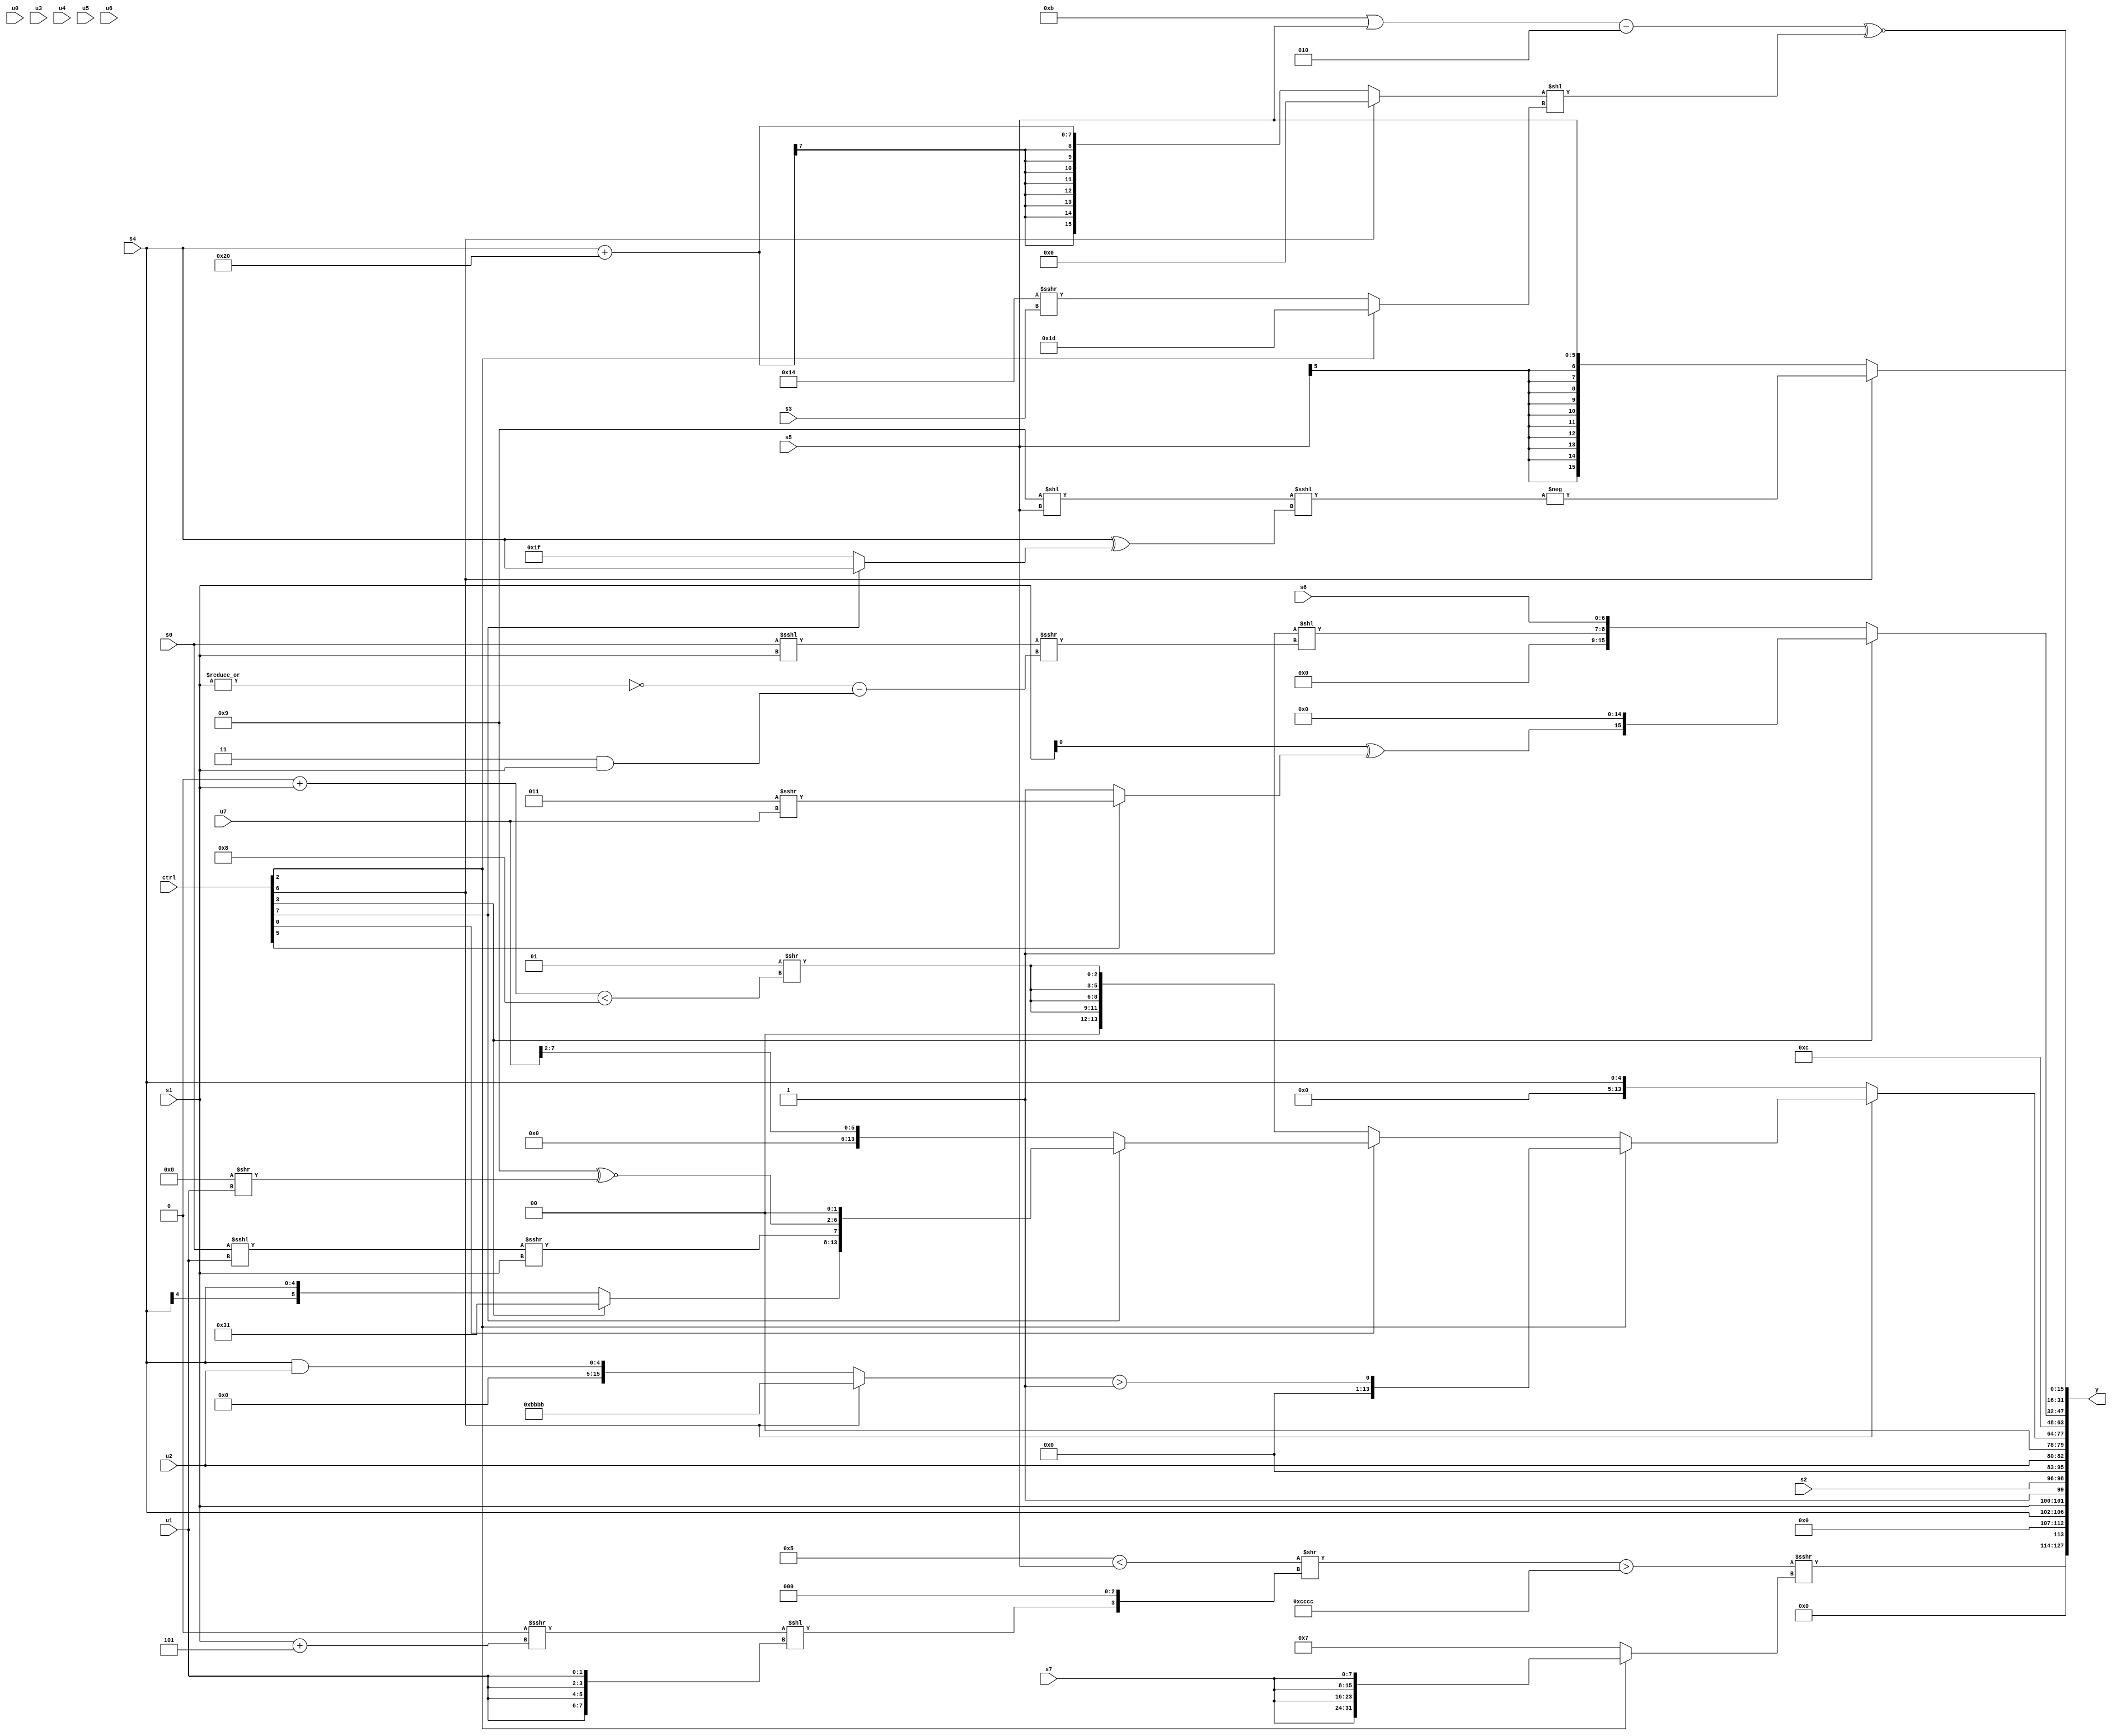
module wideexpr_00456(ctrl, u0, u1, u2, u3, u4, u5, u6, u7, s0, s1, s2, s3, s4, s5, s6, s7, y);
  input [7:0] ctrl;
  input [0:0] u0;
  input [1:0] u1;
  input [2:0] u2;
  input [3:0] u3;
  input [4:0] u4;
  input [5:0] u5;
  input [6:0] u6;
  input [7:0] u7;
  input signed [0:0] s0;
  input signed [1:0] s1;
  input signed [2:0] s2;
  input signed [3:0] s3;
  input signed [4:0] s4;
  input signed [5:0] s5;
  input signed [6:0] s6;
  input signed [7:0] s7;
  output [127:0] y;
  wire [15:0] y0;
  wire [15:0] y1;
  wire [15:0] y2;
  wire [15:0] y3;
  wire [15:0] y4;
  wire [15:0] y5;
  wire [15:0] y6;
  wire [15:0] y7;
  assign y = {y0,y1,y2,y3,y4,y5,y6,y7};
  assign y0 = {((((4'sb0101)<(s5))>>({2'sb00,((~|(1'sb1))>>>((s1)+(3'sb101)))<<({4{u1}}),-(({3{1'sb1}})<<<(-(6'sb011111)))}))>({4{4'sb1100}}))>>>($signed((ctrl[2]?{4{$signed(s7)}}:4'sb0111))),(s0)<<<($signed({2'sb11}))};
  assign y1 = {4{{(2'sb01)>=((ctrl[4]?s5:(ctrl[6]?s5:s4))),$signed(((5'b10101)>>>(5'b01101))<<((1'sb0)<<(4'sb0111))),{s4,+(s1),(~&(2'sb00))<=(6'sb110000)},s2}}};
  assign y2 = u2;
  assign y3 = (ctrl[6]?(ctrl[2]?(+($signed((ctrl[6]?{4{4'sb1011}}:(s4)&(u2)))))>(1'sb1):(ctrl[0]?(ctrl[7]?{(ctrl[3]?$signed(6'sb110001):s4),((s0)<<<(u1))>>>(s1),(4'sb1001)^~((5'sb01000)>>(u1)),((2'sb01)>>(4'b0000))&((1'sb1)<<<(6'sb001001))}:({{u7},^(s2),{u0,u4}})>>>(4'sb1001)):{4{(+(3'sb001))>>(((4'sb0000)+(s1))<($signed(4'b1000)))}})):s4);
  assign y4 = +((5'sb01100)-(1'sb0));
  assign y5 = (ctrl[3]?($unsigned((s1)^((ctrl[5]?(5'sb00011)>>>(u7):6'sb011001))))<<<({4{^(5'sb01000)}}):{(2'sb11)<<(((s0)<<<($signed(s1)))>>>((~|(s1))-((2'b11)&(s1)))),s6});
  assign y6 = (((+(+(5'sb01011)))|(s5))-($signed(4'sb0010)))^~(((ctrl[6]?(ctrl[6]?3'sb000:$signed(3'sb100)):($signed(s4))+((4'sb0001)<<<(6'sb000101))))<<((ctrl[2]?5'b11101:(5'b10100)>>>(s3))));
  assign y7 = (ctrl[6]?(ctrl[6]?-(((4'sb1001)<<(s5))<<<((s4)^({(ctrl[7]?s4:2'sb11)}))):1'sb0):$signed(s5));
endmodule